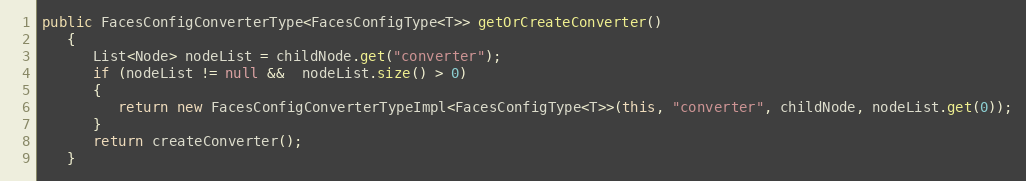
Language: Java
public FacesConfigConverterType<FacesConfigType<T>> getOrCreateConverter()
   {
      List<Node> nodeList = childNode.get("converter");
      if (nodeList != null &&  nodeList.size() > 0)
      {
         return new FacesConfigConverterTypeImpl<FacesConfigType<T>>(this, "converter", childNode, nodeList.get(0));
      }
      return createConverter();
   }